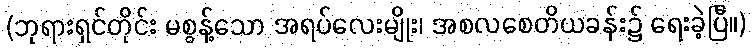
(ဘုရားရှင်တိုင်း မစွန့်သော အရပ်လေးမျိုး၊ အစလစေတိယခန်း၌ ရေးခဲ့ပြီ။)